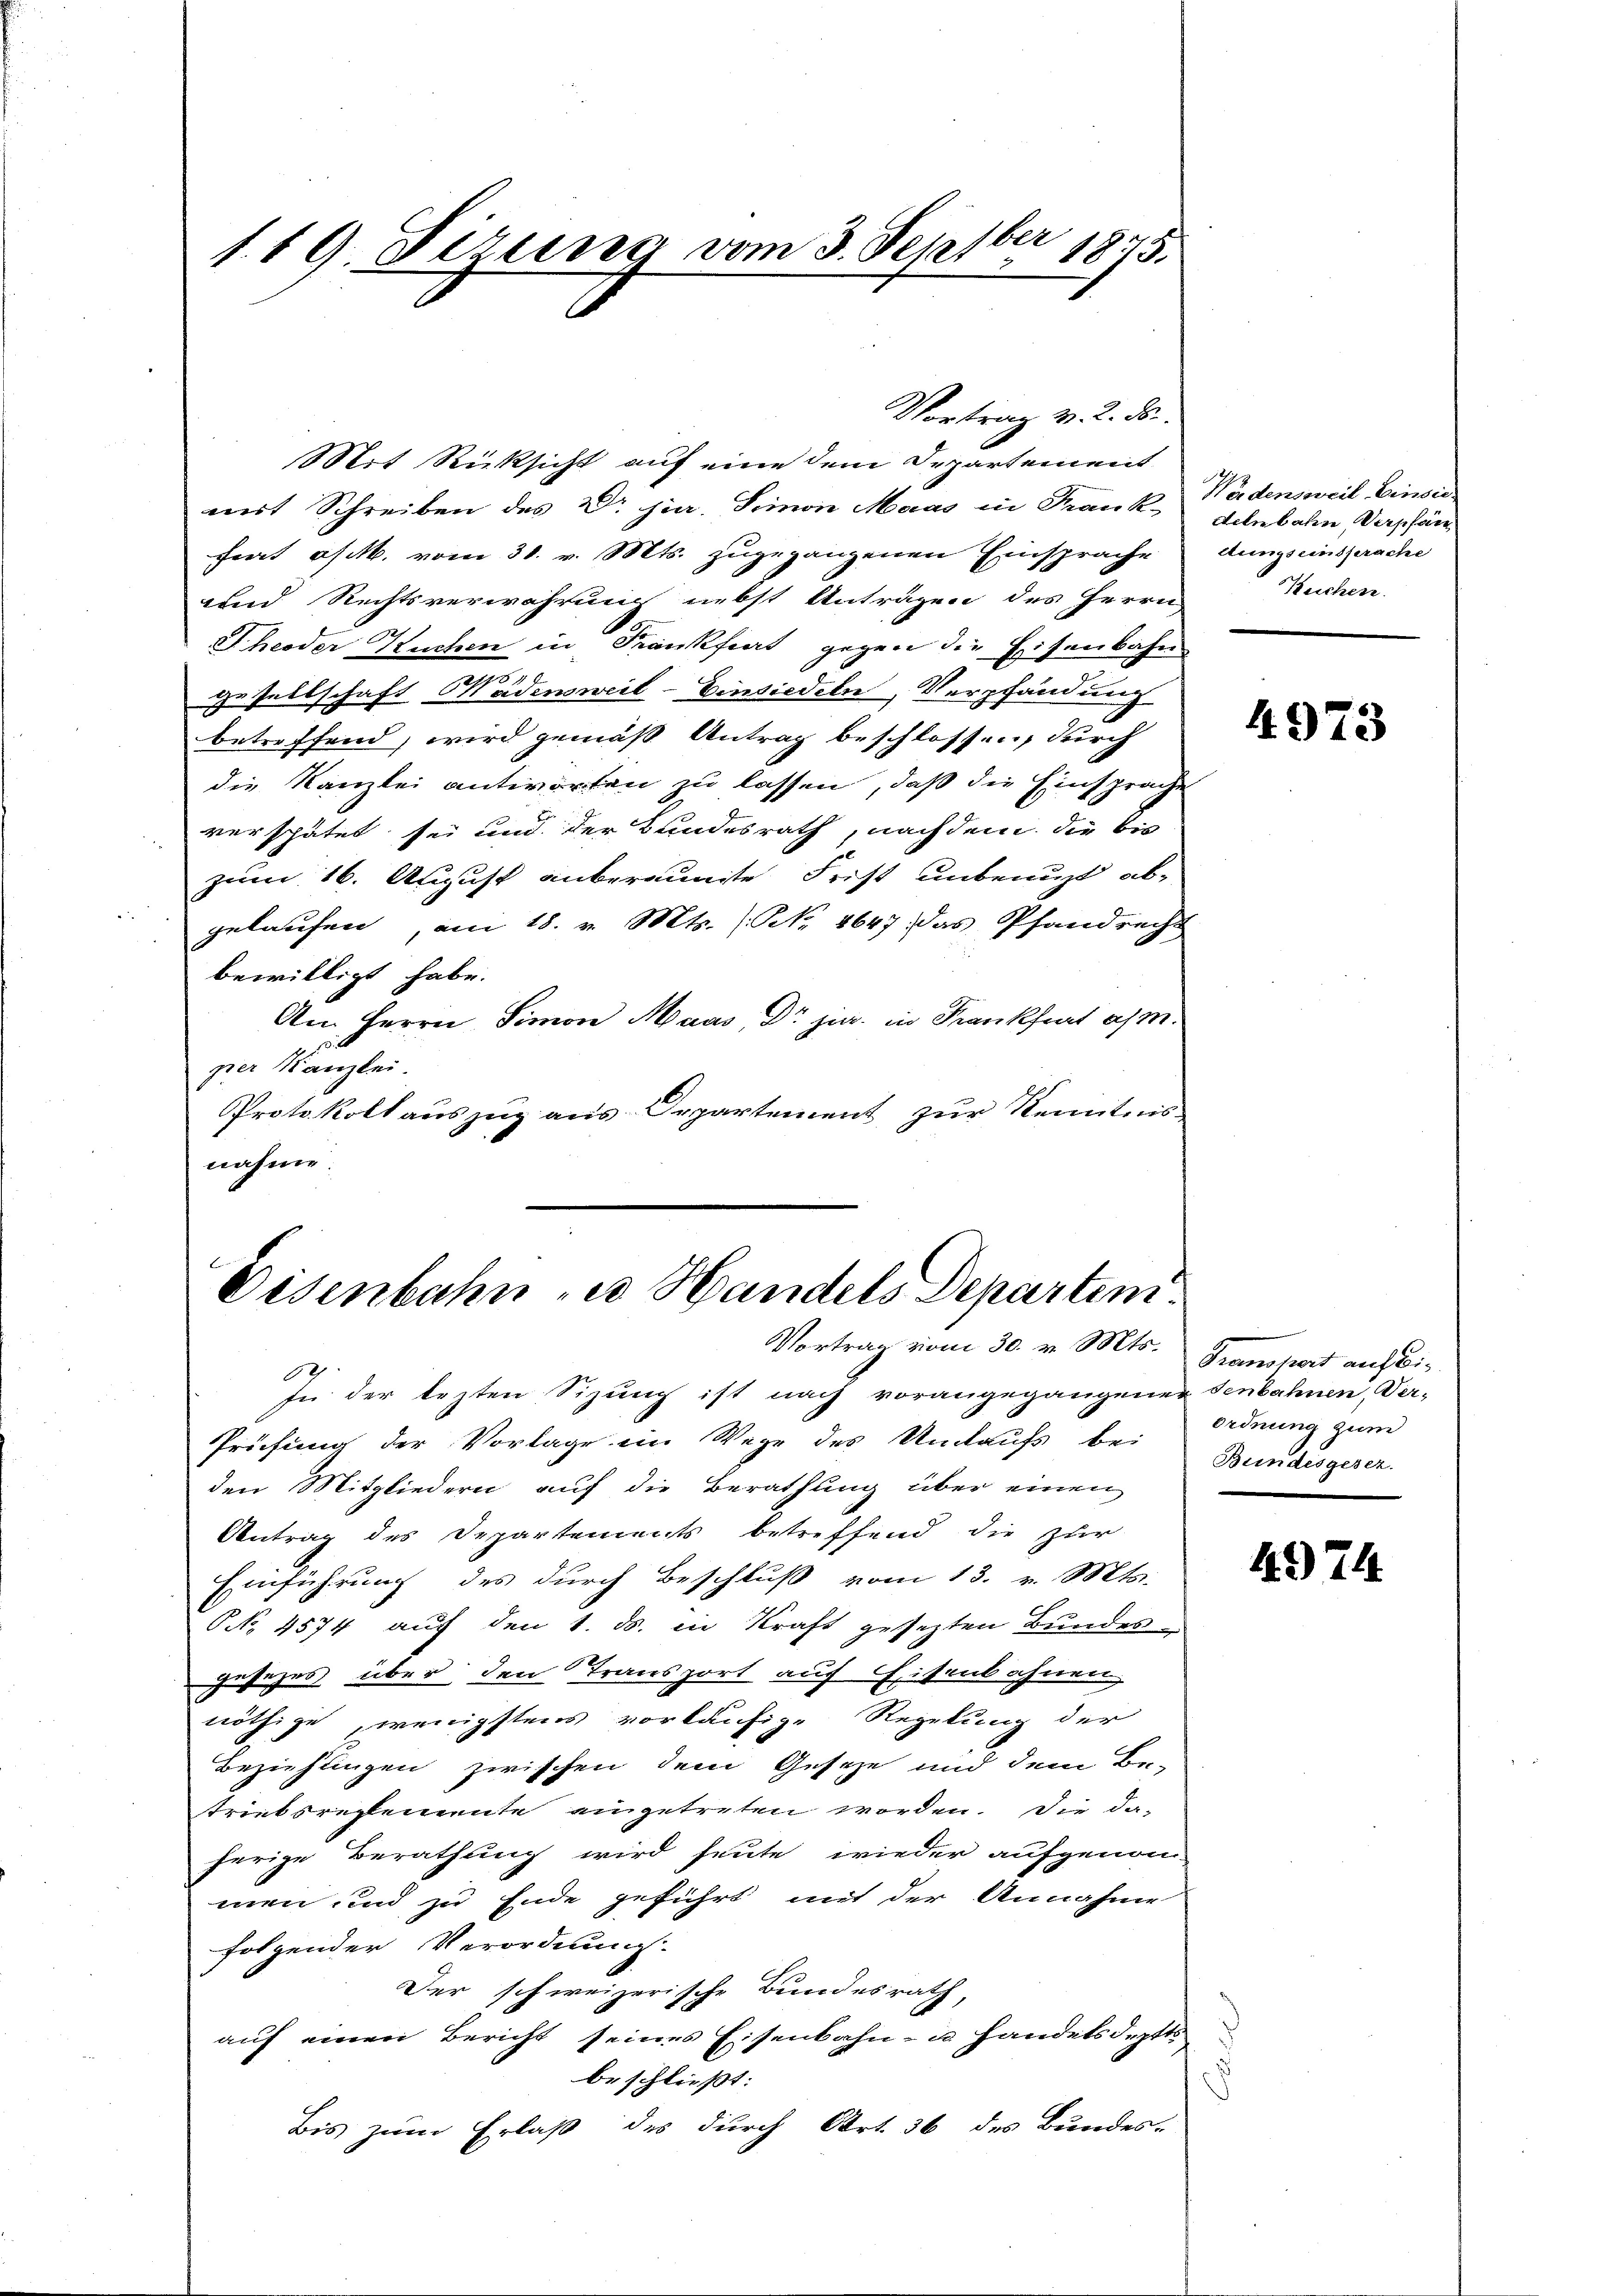
1.19 Tizung vom 3. Septber 1875.

Mit Rücksicht auf eine dem Departement
mit Schreiben des Dr. jur. Simon Maas in Frank- Wädensweil Einsi
frat oft vom 31. v. Mts. zugegangenen Einsprache
und Rechtsverwahrung nebst Anträgen des Herrn
Theoder Kuchen in Frankfurt gegen die Eisenbahn
gesellschaft Wädensweil–Einsiedeln, Verpfändung
betreffend, wird gemäß Antrag beschlossen, durch
die Kanzlei antworten zu lassen, daß die Einsprache
verspätet sei und der Bundesrath, nachdem der bis
zum 16. August anberaumte Frist unbenuzt abgelaufen, am 18. v. Mts. (N. 4647. Das Pfandrecht
bewilligt habe.
Am Herrn Simon Maas, Dr. jur. in Frankfrat a/m.
per Kanzlei.
Protokoll auszug aus Orpartement zur Kenntnis
nahme.

Vortrag v. 2. ds.

Eisenbahn „es Handels Departen.
Vortrag vom 30. v. Mts.

denbahn, Verpfan
dungs einsprache
Kuchen.

In der lezten Sizung ist nach vorangegangener Senbahnen, Ver-
Prüfung der Vorlage im Wege des Unaufs bei Ordnung zum
den Mitgliedern auf die Berathung über einen
Antrag des Departements betreffend die zur
Einführung des durch Beschluß vom 13. v. Mts.
NNo. 4574 auf den 1. ds. in Kraft gesezten Bundes
gesuches über den Transport auf Eisenbahnen
nöthige, wenigstens vorläufige Regelung der
Beziehungen zwischen dem Geseze und dem Be-
triebsreglemente eingetreten worden. Die da-
herige Berathung wird heute wieder aufgenom-
men und zu Ende geführt mit der Annahme
folgender Verordnung.
Der schweizerische Bundesrath,
auf einen Bericht seines Eisenbahn- u. handelsdeptts
beschließt:
Bis zum Erlaß des durch Art. 36 des Bundes-

4973

Granchort auf Bi-
Bundesgesez

4974